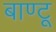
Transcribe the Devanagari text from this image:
बाण्टू